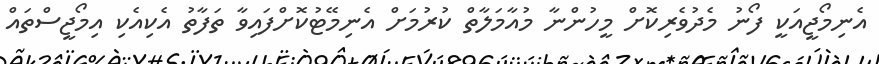
އެނިމޯޖީއަކީ ފޯނު މެދުވެރިކޮށް މީހުންނާ މުއާމަލާތް ކުރުމަށް އެނިމޭޓުކޮށްފައިވާ ތަފާތު އެކިއެކި އިމޯޖީސްތައް